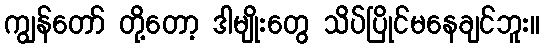
ကျွန်တော် တို့တော့ ဒါမျိုးတွေ သိပ်ပြိုင်မနေချင်ဘူး။